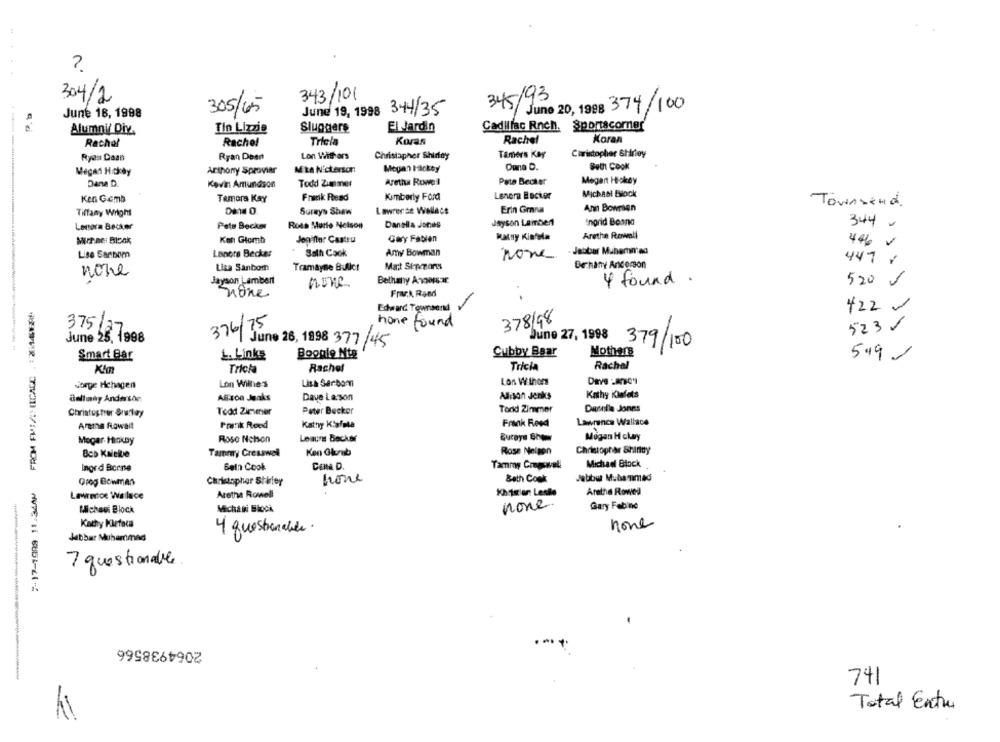
304/2
343/101
345/93
305/65
une 19, 1998 344/35
June 20, 1988 374/100
June 18, 1998
Cadillac Rnch. Sportscorner
Alumni/ Div.
Tin Lizzie
Sluggers
El Jardin
Rachel
Trlela
Koran
Rachel
Koran
Rachel
Lon Withers
Christopher Shirley
Tamers Kay
Ciaristopher Shirley
Ryes Daas
Ryan Deant
Megan Hockey
Anthony Sprovier
Mike N'cterson
Megan Hacksy
Duna D.
Suth Cook
Dana D.
Kovi Amundson
Todd Zimmer
Aretha Rowel
Pate Becker
Megan Hickey
Michast Block
Ken Gemb
Temora Kay
Frank Read
Kimberly Ford
Lenora Becker
Ann Bowrien
Townsend.
Tiffany Wright
Sureys Shaw
Lawrerse Wellecs
Erin Granu
Jayson Lambert
Ingrid Beand
Lenora Becker
Pets Becker
Rosa Murto Nelson
Danella Jones
344 -
Gary Fabien
Katny Kintela
Arethe Rowell
Michael Block
Kon Glomb
Jegifter Castru
446 V
Lenora Becker
Sath Cook
Amy Bowman
. Jobbar Muhammed
Lise Sanbom
Lisa Sanbom
Tramayne BJlcr
Mart Sipmons
Bethany Ancorson
447 /
none
Jayson Lambert
Bethany Avons-ar
4 found .
520 €
none
none
Frank, Rand
Edward Townsend
422.
378198
375
376175
none found
523 /
June 28, 7998
June 26, 1998 377 /45
June 27, 1998
379/100
Smart Bar
L. Links
Boogie Ntg
Cubby Baar
Mothers
549/
Trick
Rachel
Tricia
Rachel
Sorge Hchagen
Lon Wilhe's
Lisa Serbom
Lon W thors
Kathy Klafots
Ballany Anderson
Alison Jeaks
Dave La son
Allison Jenks
Tond Zimmer
Daselle Jones
Christustier Sruflay
Todd Zimmer
Peter Becker
Kathy Klafala
Frank Reed
Lawrence Wallace
Areina Rowait
Prank Reed
Roso Nchon
Leauns Becker
Buraya Show
Mogan H clary
Mogar MiakDy
Tammy Cresswell
Ken Okunub
Rose Nelson
Christopher Shirley
Ingrd Borne
Beln Cook
Cena D.
Tamroy Couponcall
Michael Block
7-17-1999 11:34AM
Greg Bowman
Christopher Stirler
none
Bath Cook
Jabiber Muhammad
Lawrence Wallace
Aretha Rowell
Khisier: Lesile
Aretha Rowed
none
Mlichsui Block
Michani Block
Gary Fabine
Kathy Klefaca
none
4 questionable.
Jebbar Muhammad
7 questionable
2064938566
741
Total Entre